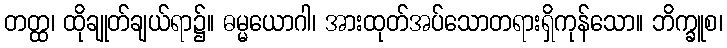
တတ္ထ၊ ထိုချုတ်ချယ်ရာ၌။ ဓမ္မယောဂါ၊ အားထုတ်အပ်သောတရားရှိကုန်သော။ ဘိက္ခူစ၊